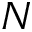
N